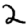
Digit: 2